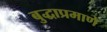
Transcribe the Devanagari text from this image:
बुद्धाप्रमाणे